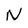
Character: N